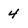
Character: 4